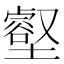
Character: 壑